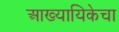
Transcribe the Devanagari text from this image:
आख्यायिकेचा